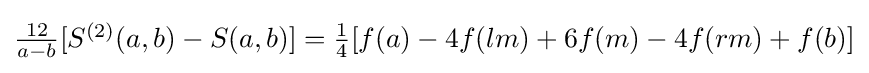
{\textstyle {\frac {12}{a-b}}[S^{(2)}(a,b)-S(a,b)]={\frac {1}{4}}[f(a)-4f(lm)+6f(m)-4f(rm)+f(b)]}